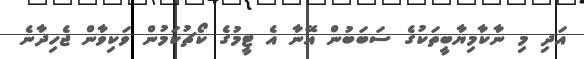
އަދި މި ނާކާމިޔާބީތަކުގެ ސަބަބުން އޭނާ އެ ޓީމުގެ ކޯޗުކަމުން ވަކިވާން ޖެހިދާނެ